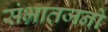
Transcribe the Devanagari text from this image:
संभ्रातजनों